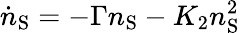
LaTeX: \dot{n}_{\mathrm{S}}=-\Gamma n_{\mathrm{S}}-K_{2}n_{\mathrm{S}}^{2}